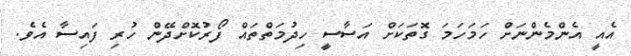
އެއީ އެންމެންނަށް ހަމަހަމަ ގޮތަކަށް އަސާސީ ހިދުމަތްތައް ފޯރުކޮށްދޭން ހުރި ފައިސާ އެވެ.